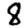
Digit: 8